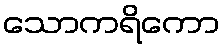
သောကရိကော